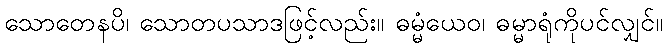
သောတေနပိ၊ သောတပသာဒဖြင့်လည်း။ ဓမ္မံယေဝ၊ ဓမ္မာရုံကိုပင်လျှင်။